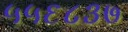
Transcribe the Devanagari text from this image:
५५६८३७